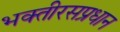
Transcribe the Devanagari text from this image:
भक्तीरसप्रधान